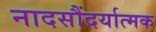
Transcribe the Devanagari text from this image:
नादसौंदर्यात्मक